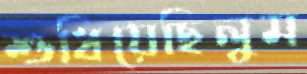
শুধিয়েছিলুম